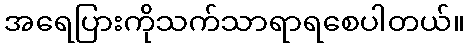
အရေပြားကိုသက်သာရာရစေပါတယ်။